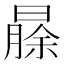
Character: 𬁐